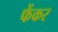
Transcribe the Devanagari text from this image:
फेंकर